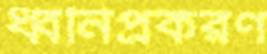
ধ্বনিপ্রকরণ